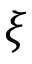
\xi